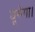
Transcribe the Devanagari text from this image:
घूमेगा।